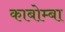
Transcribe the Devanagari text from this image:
काबोम्बा